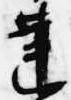
蓮